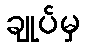
ချုပ်မှ